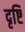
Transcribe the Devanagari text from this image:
दृष्टि